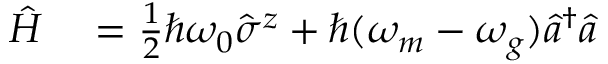
\begin{array} { r l } { \hat { H } } & { { } = \frac { 1 } { 2 } \hbar \omega _ { 0 } \hat { \sigma } ^ { z } + \hbar ( \omega _ { m } - \omega _ { g } ) \hat { a } ^ { \dagger } \hat { a } } \end{array}